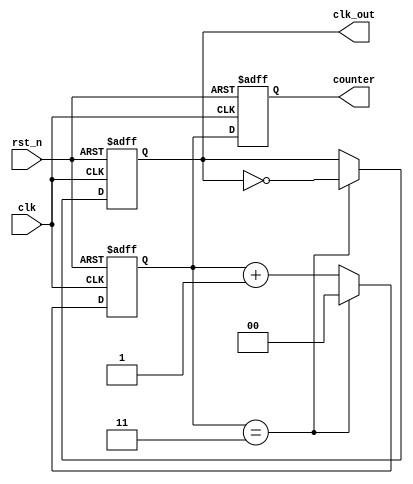
module frequency_divider #(
    parameter N = 4  // Division factor
)(
    input wire clk,        // Clock input
    input wire rst_n,      // Active-low reset input
    output reg clk_out,    // Divided clock output
    output reg [$clog2(N)-1:0] counter // Current counter value
);

    // Internal signal to track the counter
    reg [$clog2(N)-1:0] count;

    // Always block for synchronous logic
    always @(posedge clk or negedge rst_n) begin
        if (!rst_n) begin
            // Asynchronous reset
            count <= 0;
            clk_out <= 0;
        end else begin
            // Increment the counter
            if (count == N-1) begin
                count <= 0;          // Reset counter
                clk_out <= ~clk_out; // Toggle output clock
            end else begin
                count <= count + 1;  // Increment counter
            end
        end
    end

    // Assign the current counter value to the output
    always @(posedge clk or negedge rst_n) begin
        if (!rst_n) begin
            counter <= 0; // Reset counter value
        end else begin
            counter <= count; // Update counter value
        end
    end

endmodule